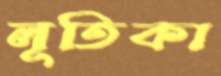
লূতিকা